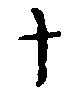
ナ